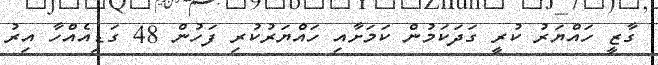
ގާޒީ ހައްޔަރު ކުރީ ގަދަކަމުން ކަމަށާއި ހައްޔަރުކުރި ފަހުން 48 ގަޑިއެއްހާ އިރު